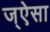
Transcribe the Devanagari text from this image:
ज्ऐसा